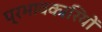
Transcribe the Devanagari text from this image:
प्रभावकारियों